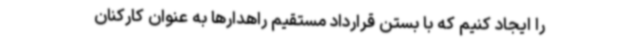
را ایجاد کنیم که با بستن قرارداد مستقیم راهدارها به عنوان کارکنان